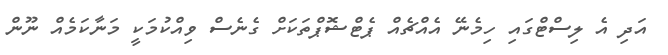
އަދި އެ ލިސްޓްގައި ހިމެނޭ އެއްޗެއް ޕެޓްޝޮޕްތަކަށް ގެނެސް ވިއްކުމަކީ މަނާކަމެއް ނޫން